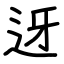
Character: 迓